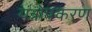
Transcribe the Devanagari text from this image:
यंत्रोपकरण